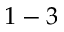
1 - 3